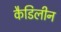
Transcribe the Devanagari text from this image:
कैडिलीन